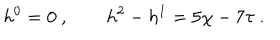
h ^ { 0 } = 0 \ , \qquad h ^ { 2 } - h ^ { 1 } = 5 \chi - 7 \tau \ .